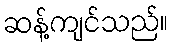
ဆန့်ကျင်သည်။